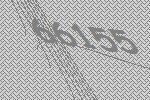
66155